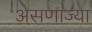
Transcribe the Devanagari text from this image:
असणाज्या